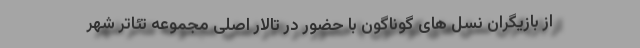
از بازیگران نسل های گوناگون با حضور در تالار اصلی مجموعه تئاتر شهر